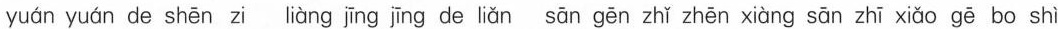
yuán yuán de shēn zi liàng jīng jīng de liǎn sān gēn zhǐ zhēn xiàng sān zhī xiǎo gē bo shì